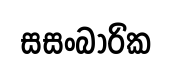
සසංබාරික